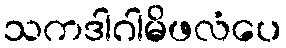
သကဒါဂါမိဖလံပေ